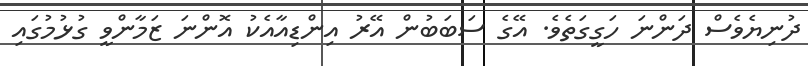
ދުނިޔެވެސް ދަންނަ ހަގީގަތެވެ. އޭގެ ސަބަބުން އޭރު އިންޑިއާއެކު އޮންނަ ޒަމާންވީ ގުޅުމުގައި